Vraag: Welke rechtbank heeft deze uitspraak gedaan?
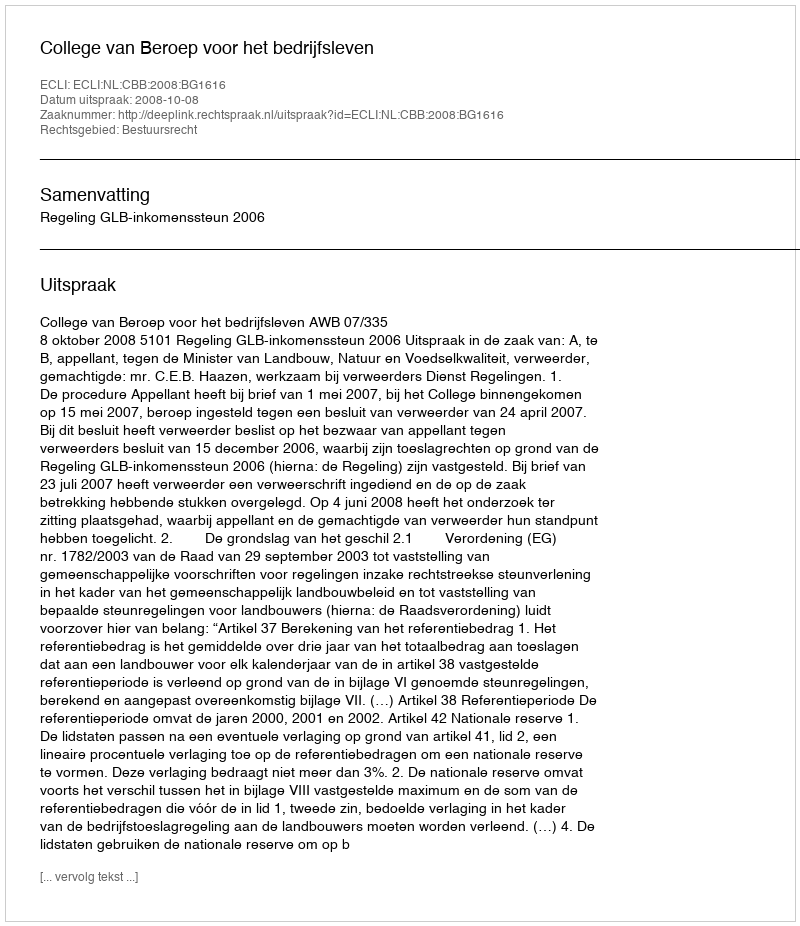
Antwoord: College van Beroep voor het bedrijfsleven